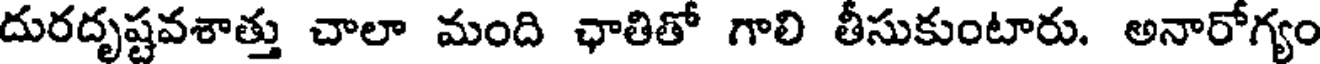
దురదృష్టవశాత్తు చాలా మంది ఛాతితో గాలి తీసుకుంటారు. అనారోగ్యం